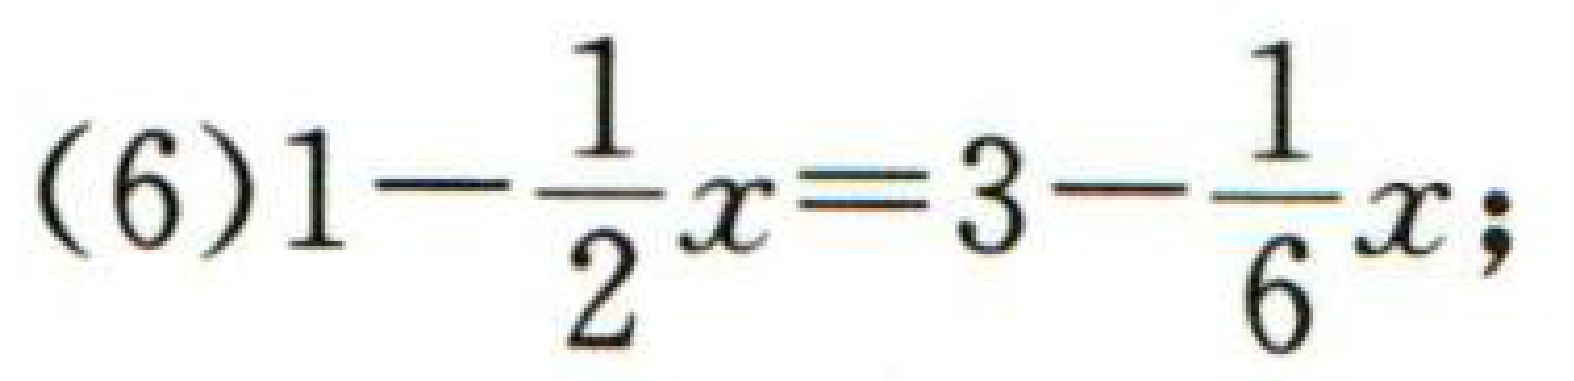
(6)\(1-\frac{1}{2}x = 3-\frac{1}{6}x\);